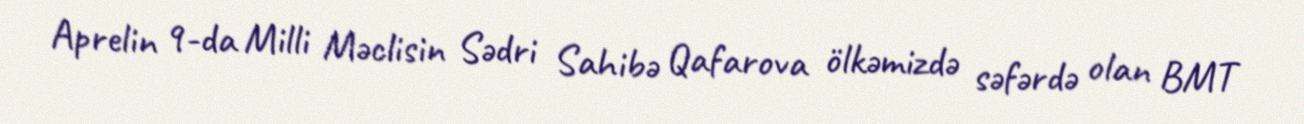
Aprelin 9-da Milli Məclisin Sədri Sahibə Qafarova ölkəmizdə səfərdə olan BMT